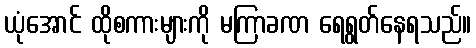
ယုံအောင် ထိုစကားများကို မကြာခဏ ရေရွတ်နေရသည်။